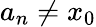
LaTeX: a_{n}\neq x_{0}